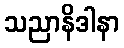
သညာနိဒါနာ